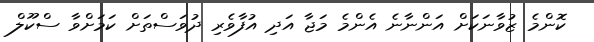
ކޮންމެ ޒުވާނަކަށް އަންނާނެ އެންމެ މަޖާ އަދި އުފާވެރި ދުވަސްތަށް ކަމަށްވާ ސްކޫލް